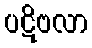
ပဋိဗလာ